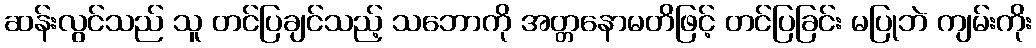
ဆန်းလွင်သည် သူ တင်ပြချင်သည့် သဘောကို အတ္တနောမတိဖြင့် တင်ပြခြင်း မပြုဘဲ ကျမ်းကိုး